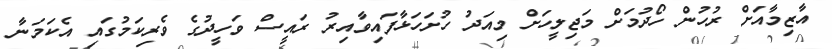
އާޒިމާއަށް ރުހުން ހޯދުމަށް މަޖިލީހަށް މިއަދު ހުށަހަޅާފައިވާއިރު ރައީސް ވަހީދުގެ ވެރިކަމުގައި އެކަމަނާ